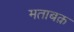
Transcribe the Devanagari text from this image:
मताबक़